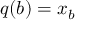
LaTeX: { \boldsymbol { q } } ( b ) = { \boldsymbol { x } } _ { b }